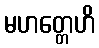
မဟတ္တေဟိ